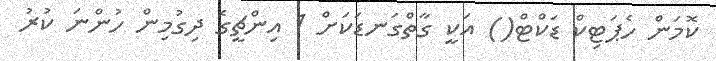
ކޮމަން ހެޕަޓިކް ޑަކްޓް() އަކީ ގާތްގަނޑަކަށް 1 އިންޗީގެ ދިގުމިން ހުންނަ ކުރު